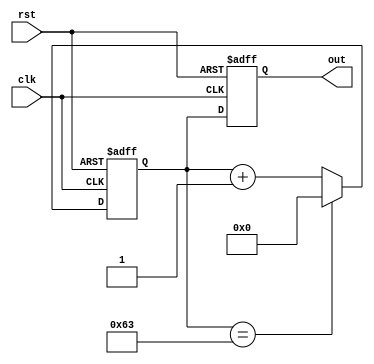
module cnt0(rst,clk,out);
input rst, clk;
output [6:0] out;
reg [6:0] out, temp;

always@(posedge (clk) or negedge rst) begin 
    if(!rst)
    begin
        out <=7'b0000000;
        temp<=7'b0000000;
    end
    else
    begin
        
        if(temp == 99)
            temp <= 7'b0000000;
        else
            temp <= temp +1;
        out <=temp;
    end


end
endmodule